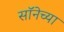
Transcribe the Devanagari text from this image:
सॉनेच्या